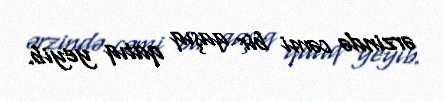
ərzində cəmi bir qaşıq qatıq yeyib.